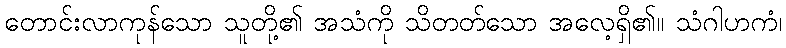
တောင်းလာကုန်သော သူတို့၏ အသံကို သိတတ်သော အလေ့ရှိ၏။ သံဂါဟကံ၊